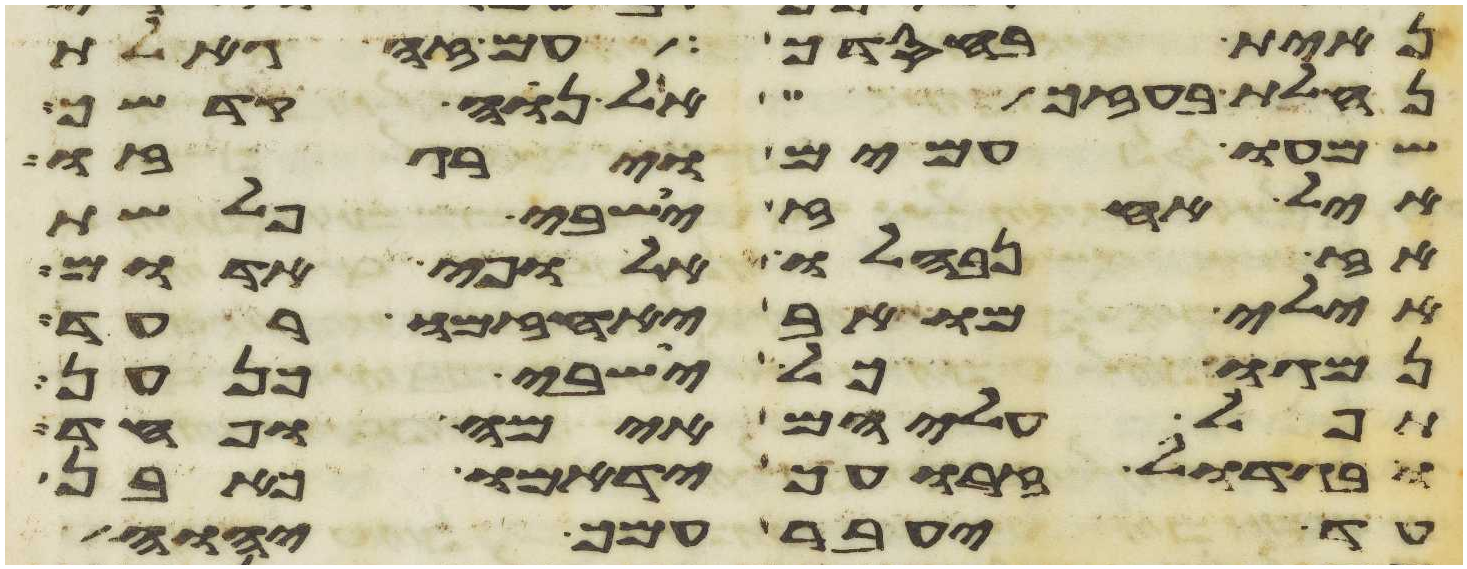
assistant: נחית בחסדך עם זה גאלת
נחלת בעזך אל נוה קדשך
שמעו עמים וירגזו
חיל אחז ישבי פלשת
אז נבהלו אלופי אדום
אילי מואב יאחזמו רעד
נמגו כל ישבי כנען
תפל עליהם אימה ופחד
ובגדול זרועך ידמאו כאבן
עד יעבר עמך יהוה